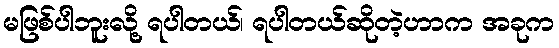
မဖြစ်ပါဘူးလို့ ရပါတယ်၊ ရပါတယ်ဆိုတဲ့ဟာက အခုက